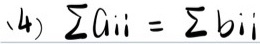
(4) $\sum a_{ii}=\sum b_{ii}$